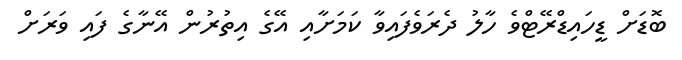
ބޮޑަށް ޑީހައިޑްރޭޓްވެ ހާލު ދެރަވެފައިވާ ކަމަށާއި އޭގެ އިތުރުން އޭނާގެ ފައި ވަރަށް